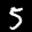
Label: 5